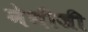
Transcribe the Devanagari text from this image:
नेगीजी